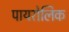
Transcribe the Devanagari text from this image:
पायरोलिक